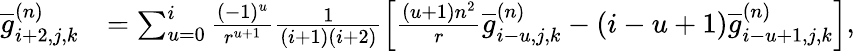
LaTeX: \begin{array}{rl}{\overline{{g}}_{i+2,j,k}^{(n)}}&{=\sum_{u=0}^{i}\frac{(-1)^{u}}{r^{u+1}}\frac{1}{(i+1)(i+2)}\left[\frac{(u+1)n^{2}}{r}\overline{{g}}_{i-u,j,k}^{(n)}-(i-u+1)\overline{{g}}_{i-u+1,j,k}^{(n)}\right],}\end{array}